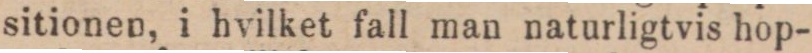
sitionen, i hvilket fall man naturligtvis hop-